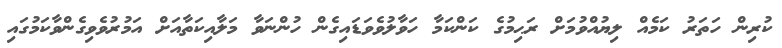
ކުރިން ހަތަރު ކަމެއް ލިޔުއްވުމަށް ރަޙިމުގެ ކަންކަމާ ހަވާލުވެވަޑައިގެން ހުންނަވާ މަލާއިކަތާއަށް އަމުރުވެވިގެންވާކަމުގައި